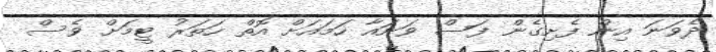
ދެވަނަ އިން ފެށިގެން ފަސް ވަނައާ ހަމައަށް އޮތް ހަތަރު ޓީމަށް ވެސް